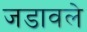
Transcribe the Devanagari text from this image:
जडावले